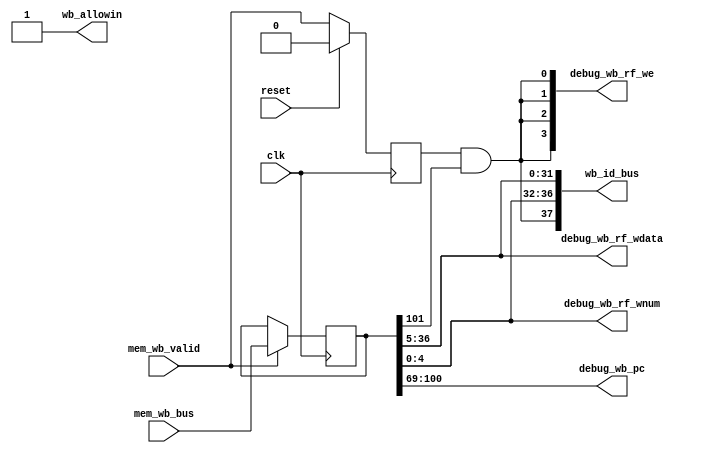
module WB (
    input  wire         clk,
    input  wire         reset,

    input  wire         mem_wb_valid,
    output wire         wb_allowin,

    input  wire [101:0] mem_wb_bus,
    output wire [ 37:0] wb_id_bus,

    output wire [ 31:0] debug_wb_pc,
    output wire [  3:0] debug_wb_rf_we,
    output wire [  4:0] debug_wb_rf_wnum,
    output wire [ 31:0] debug_wb_rf_wdata
);
    wire    [ 31:0] pc;
    wire    [ 31:0] inst;

    reg             wb_valid;
    wire            wb_ready_go;

    wire            wb_gr_we;
    reg     [101:0] mem_wb_bus_tmp;
    wire    [ 31:0] final_result;
    wire            rf_we;
    wire    [  4:0] rf_waddr;
    wire    [ 31:0] rf_wdata;
    wire    [  4:0] dest;

    assign wb_ready_go = 1'b1;
    assign wb_allowin = wb_ready_go | ~wb_valid;
    always @(posedge clk ) begin
        if (reset) begin
            wb_valid <= 1'b0;
        end
        else if (wb_allowin) begin
            wb_valid <= mem_wb_valid;
        end
    end
    always @(posedge clk ) begin
        if (mem_wb_valid & wb_allowin) begin
            mem_wb_bus_tmp <= mem_wb_bus;
        end
    end

    assign  { wb_gr_we, pc, inst, final_result, dest } = mem_wb_bus_tmp;
    assign  rf_we = wb_valid & wb_gr_we;
    assign  rf_waddr = dest; 
    assign  rf_wdata = final_result;
    assign  wb_id_bus = { rf_we, rf_waddr, rf_wdata };

    assign  debug_wb_pc = pc;
    assign  debug_wb_rf_we = {4{rf_we}};
    assign  debug_wb_rf_wnum = rf_waddr;
    assign  debug_wb_rf_wdata = final_result;
endmodule